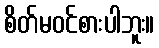
စိတ်မဝင်စားပါဘူး။